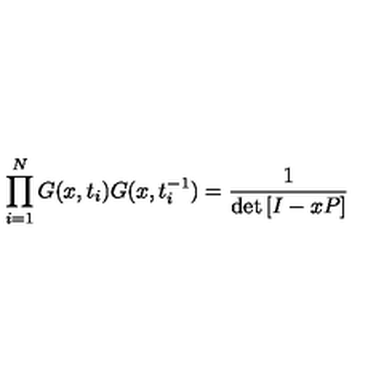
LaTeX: \prod _ { i = 1 } ^ { N } G ( x , t _ { i } ) G ( x , t _ { i } ^ { - 1 } ) = \frac { 1 } { \det \left[ I - x P \right] }